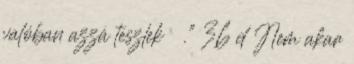
valóban azzá teszlek .” 36 d Nem akar